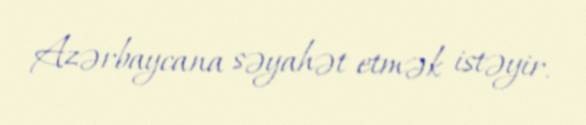
Azərbaycana səyahət etmək istəyir.